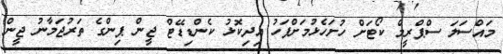
މައްސަލަ ސްޕްރީމް ކޯޓަށް ހުށަހެޅުމަށްފަހު އިދިކޮޅު ކެންޑިޑޭޓް ޖީން ޕިންގެ ތަރުޖަމާނު ޖީން